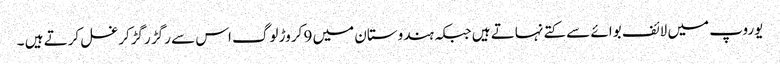
یوروپ میں لائف بوائے سے کتے نہاتے ہیں جبکہ ہندوستان میں 9 کروڑ لوگ اس سے رگڑ رگڑکرغسل کرتے ہیں ۔